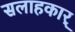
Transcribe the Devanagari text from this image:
सलाहकार्